Annual report of the Imperial Bacteriological Laboratory, Muktesar
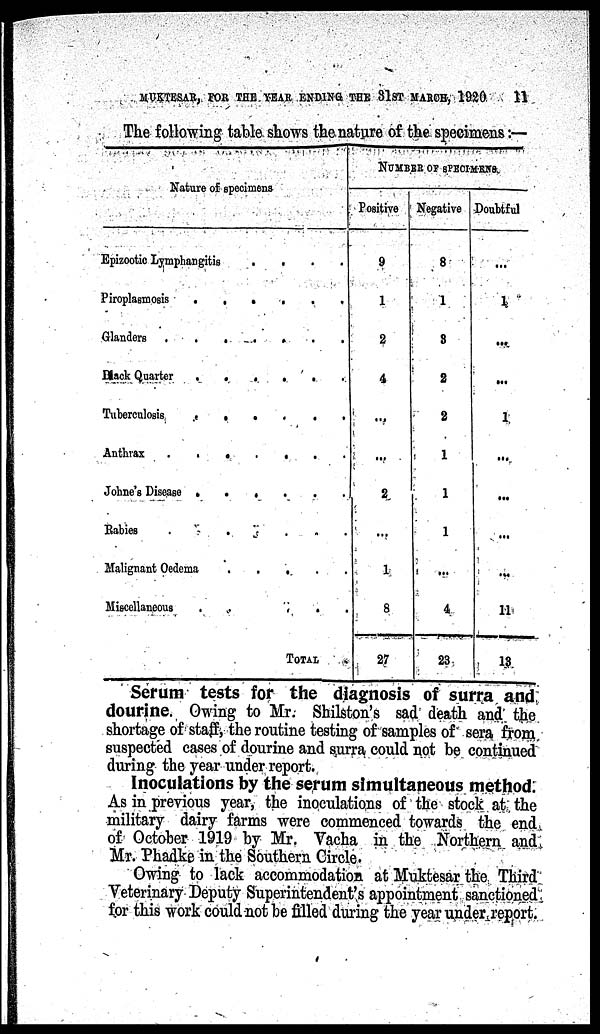
MUKTESAR, FOR THE YEAR ENDING THE 31ST MARCH,
1920
11
The following table shows the nature of the specimens :—
Nature of specimens
Epizootic Lymphangitis
Piroplasmosis
Glanders
.
Black Quarter
Tuberculosis
Anthrax .
Johne's Disease
Rabies
.
.
.
.
.
.
.
Malignant Oedema
Miscellaneous
.
.
.
.
.
.
.
.
.
.
.
.
.
.
.
.
.
.
.
.
.
.
.
.
.
.
.
.
.
.
.
.
.
.
.
.
.
.
.
.
.
.
.
.
.
.
.
.
.
.
TOTAL
NUMBER OF SPECIMENS.
Positive
9
1
2
4
...
....
2
...
1
8
27
Negative
8
1
3
2
2
1
1
1
...
4
23
Doubtful
...
1
...
...
1
...
...
...
...
11
13
Serum tests for the diagnosis of surra and
dourine. Owing to Mr. Shilston's sad death and the
shortage of staff, the routine testing of samples of sera from
suspected cases of dourine and surra could not be continued
during the year under report.
Inoculations by the serum simultaneous method.
As in previous year, the inoculations of the stock at the
military dairy farms were commenced towards the end
of October 1919 by Mr. Vacha in the Northern and
Mr. Phadke in the Southern Circle.
Owing to lack accommodation at Muktesar the Third
Veterinary Deputy Superintendent's appointment sanctioned
for this work could not be filled during the year under report.